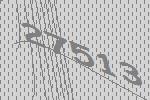
27513